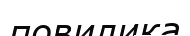
повилика